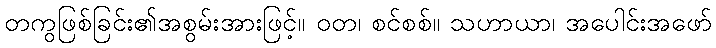
တကွဖြစ်ခြင်း၏အစွမ်းအားဖြင့်။ ဝတ၊ စင်စစ်။ သဟာယာ၊ အပေါင်းအဖော်